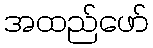
အထည်ဖော်